Heimtali_vallavalitsus, lk 13
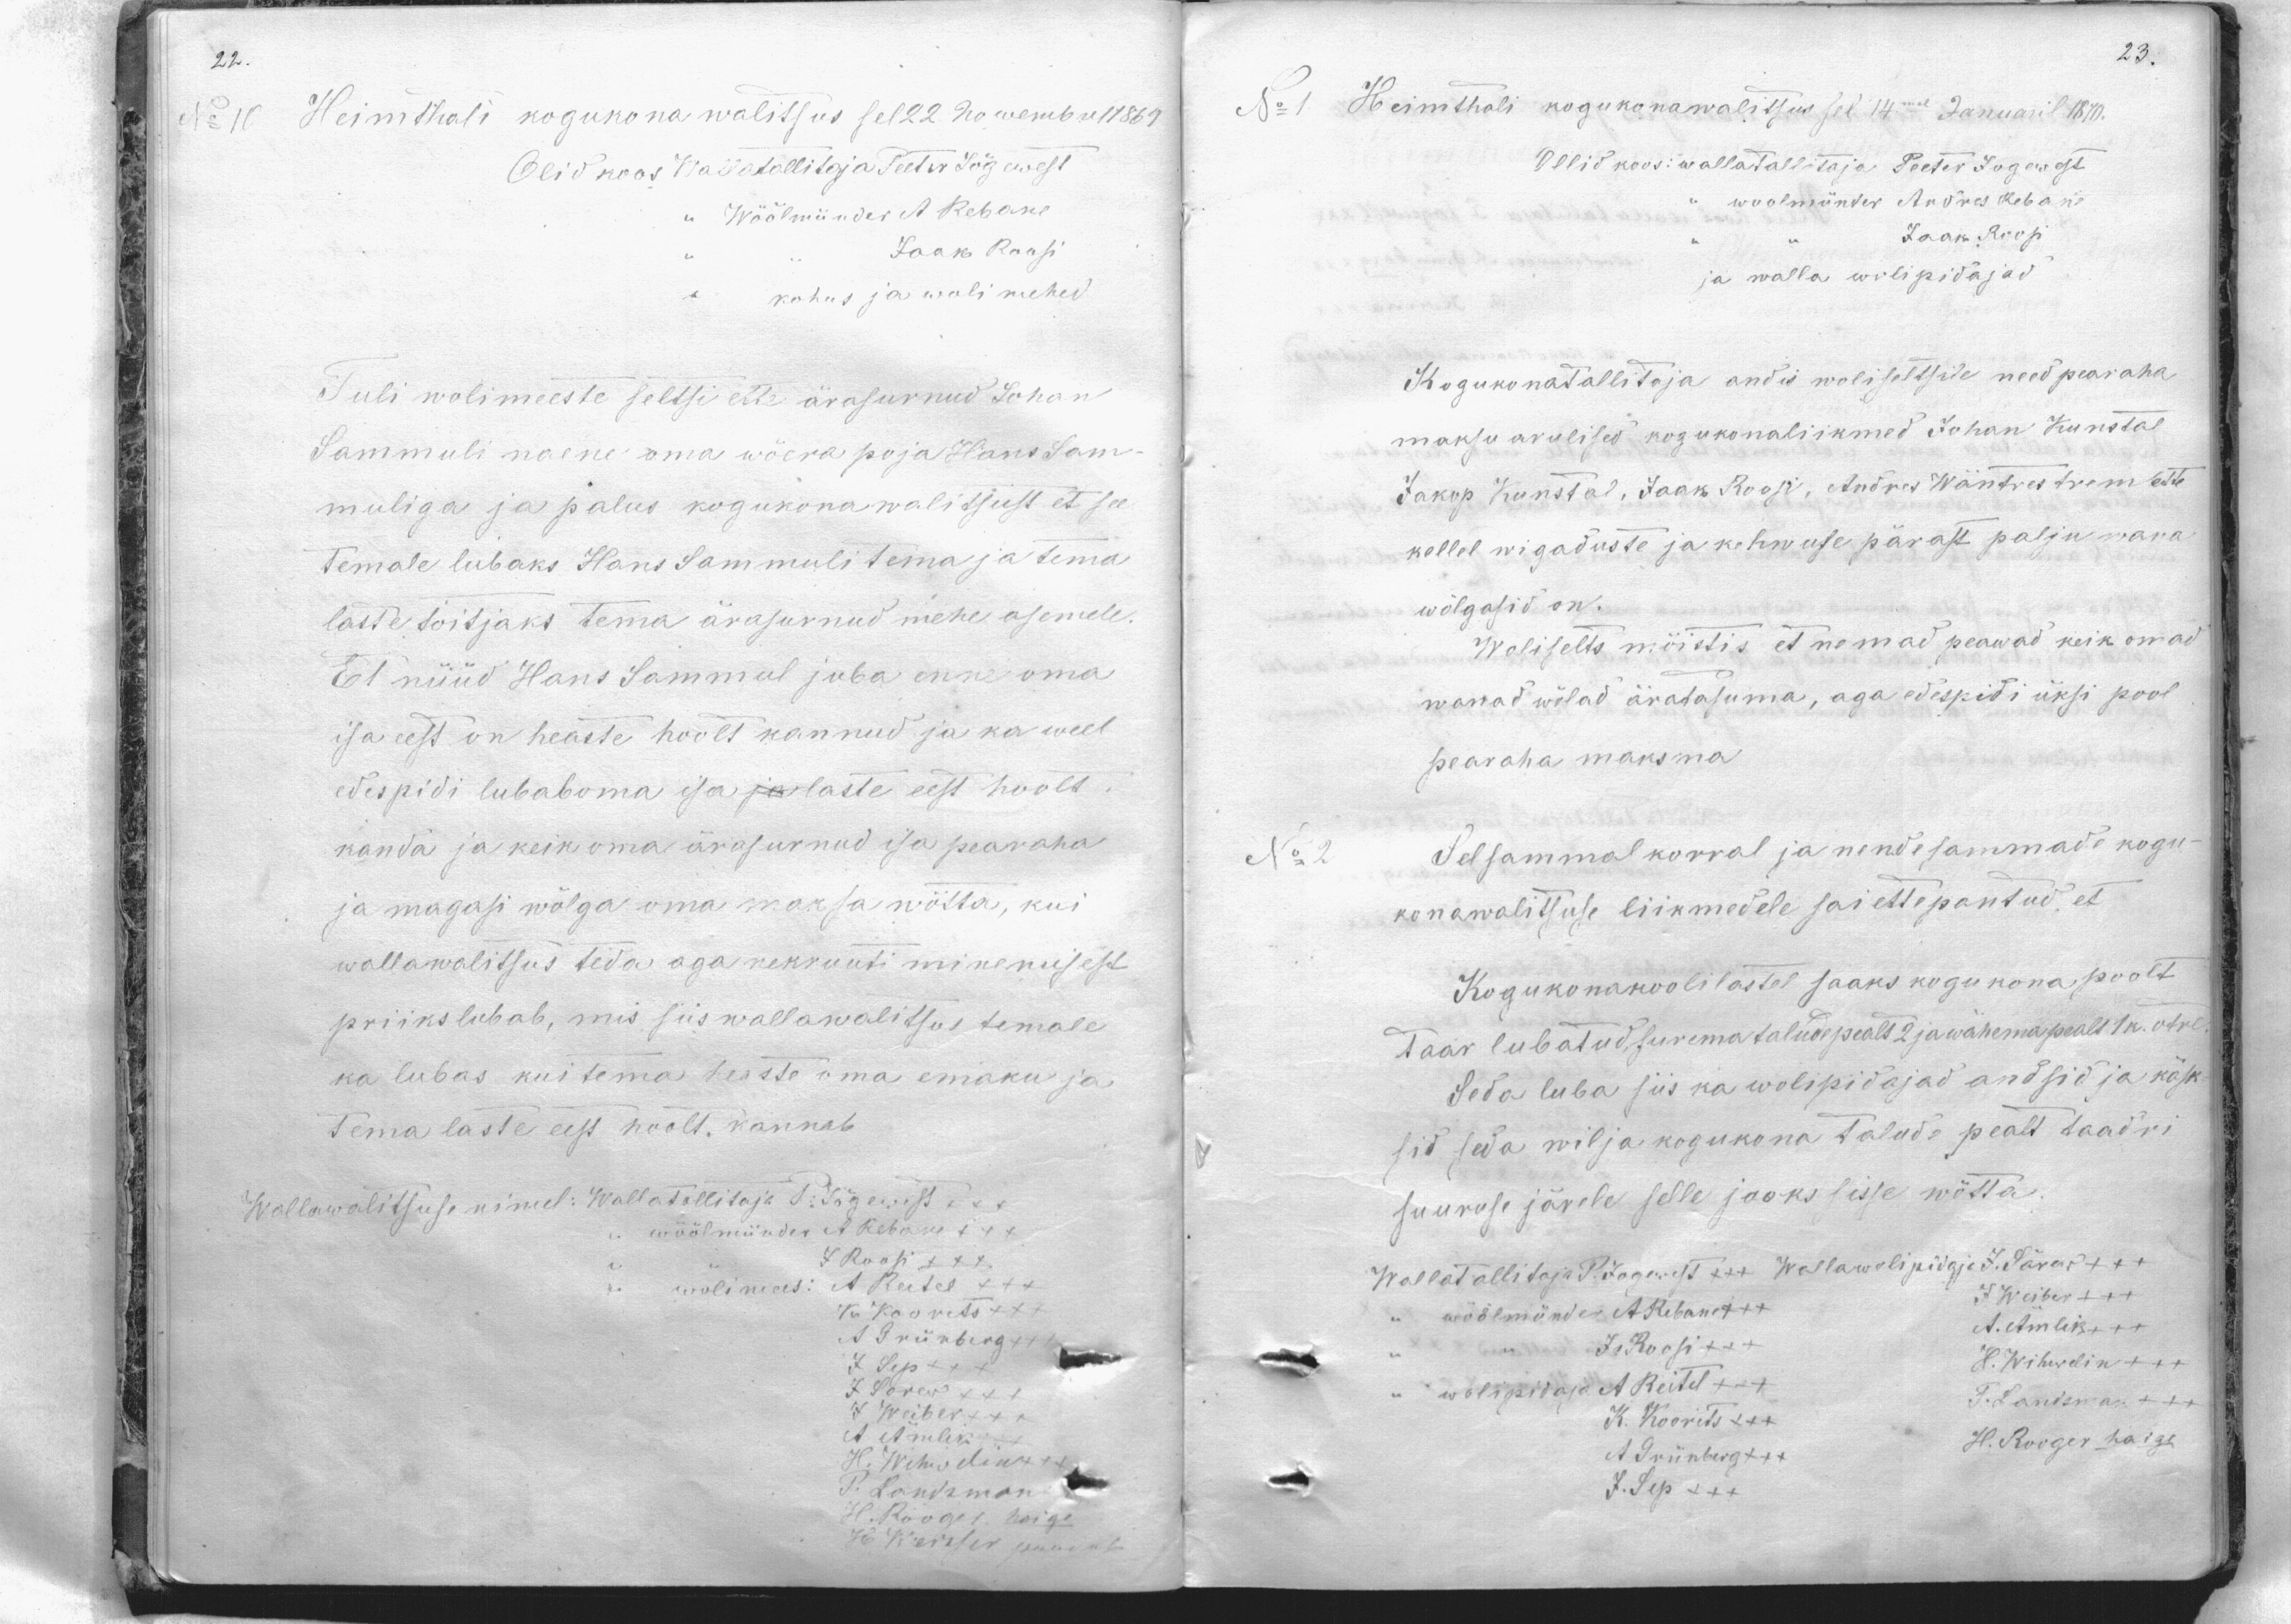
No 10 Heimthali kogukona walitsus sel 22 nowembre 1869
Olid koos Wallatallitaja Peeter Jõgewest
Wöölmünder A Rebane
Jaak Roosi
kohus ja wolimehed
Tuli wolimeeste seltsi ette ärasurnud Johan
Sammuli naene oma wõera poja Hans Sam-
muliga ja palus kogukona walitsust et see
Temale lubaks Hans Sammuli tema ja tema
laste toitjaks tema ärasurnud mehe asemele.
Et nüüd Hans Sammul juba enne oma
isa eest on heaste hoolt kannud ja ka weel
edespidi lubabama isa ja laste eest hoolt
kanda ja keik oma ärasurnud isa pearaha
ja magasi wõlga oma maksa wõtta, kui
wallawalitsus teda aga nekruuti minemisest
priiks lubab, mis siis wallawalitsus temale
ka lubas kui tema heaste oma emaku ja
Tema laste eest hoolt, kannab
Wallawalitsuse nimel: Wallatollitaja P. Jõgewest:
wöölmünder A Rebane +++
J Roosi XXX
wölimees: A. Reitel XXX
K Koovets XXX
A Grünberg
J. Sep +++
J. Särew XXX
7 Weiber +++
A. Äinlik
H. Wihwelin
P. Landman
H. Rooger haige
H. Weister puudub

No 1 Heimthali kogukonawalitsus sel 14mal Januaril 1870.
Ollid koos: wallatallitaja Peeter Jogewast
woolmünder Andres Rebane
Jaak Roosi
ja walla wolipidajad.
Kogukonatallitaja andis woliseltsile need pearaha
maksu arulised kogukonaliikmed Johan Kunstal
Jakop Kunstal, Jaak Roosi, Andres Wäntrestrem ette
kellel wigaduste ja kehwuse pärast palju wara
wõlgasid on.
Woliselts möistis et nemad peawad keik omad
wanad wõlad äratasuma, aga edespidi üksi pool
pearaha maksma
Selsammal korral ja nendisammade kogu-
konawalitsuse liikmedele sai ettepantud, et
Kogukonakoolilastel saaks kogukona poolt
Taar lubatud, surema talude pealt 2 ja wähema pealt 1 k. otre.
Seda luba siis ka wolipidajad andsid ja käsk-
sid seda wilja kogukona talude pealt taadri
suuruse järele selle jooks sisse wõtta.
Wallatallitaja P. Jogewest +++ Wallawolipidaja J. Särav +++
J Weiber +++
wöölmünder A Rebane +++
A. Äinlik XXX
J. Roosi +++
H. Wihwelin XXX
wolipidaja A Reitel +++
T. Landsman +++
K. Koorits +++
A. Grünberg +++
H. Rooger haige
J. Sep XXX